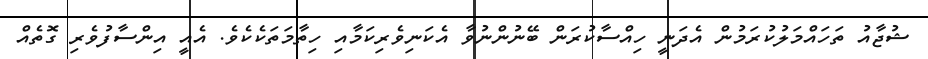
ޝުޖާއު ތަހައްމަލުކުރަމުން އެދަނީ ހިއްސާކުރަން ބޭނުންނުވާ އެކަނިވެރިކަމާއި ހިތާމަތަކެކެވެ. އެއީ އިންސާފުވެރި ގޮތެއް